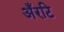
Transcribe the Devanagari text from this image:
अँरटि